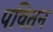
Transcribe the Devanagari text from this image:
पवितन